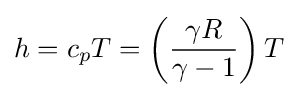
h=c_{p}T=\left({\frac {\gamma R}{\gamma -1}}\right)T